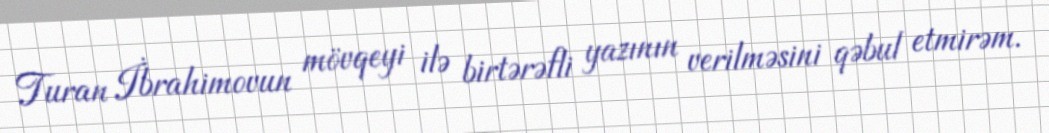
Turan İbrahimovun mövqeyi ilə birtərəfli yazının verilməsini qəbul etmirəm.